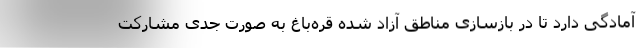
آمادگی دارد تا در بازسازی مناطق آزاد شده قره‌باغ به صورت جدی مشارکت